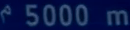
^{\epsilon}5000\